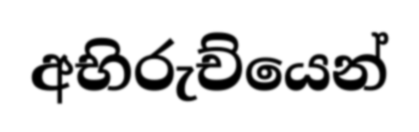
අභිරුච්යෙන්